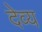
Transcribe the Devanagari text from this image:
देव्य